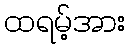
ထရမ့်အား